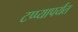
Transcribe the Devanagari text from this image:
टप्प्यापर्यंत